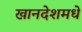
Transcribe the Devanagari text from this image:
खानदेशमधे